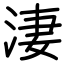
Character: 淒